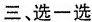
三、选一选